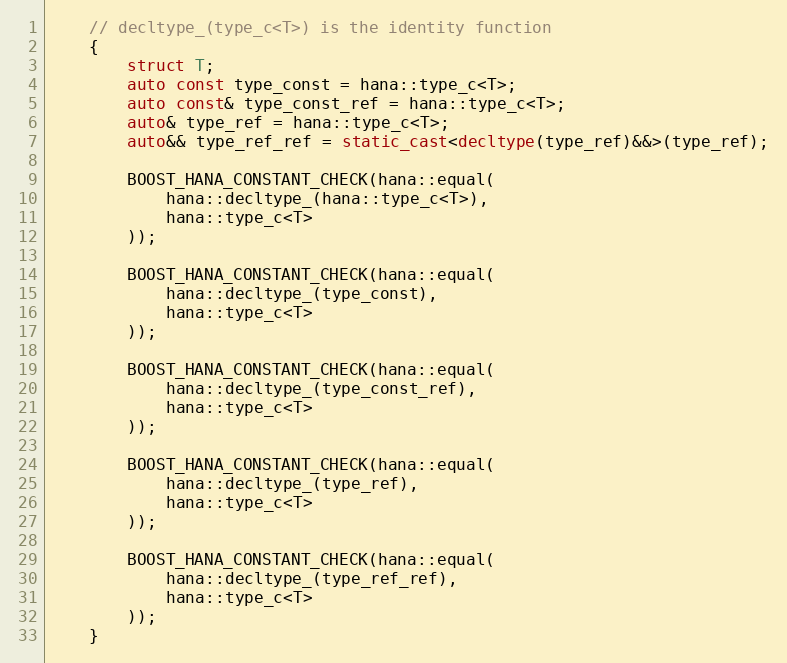
Language: C++
    // decltype_(type_c<T>) is the identity function
    {
        struct T;
        auto const type_const = hana::type_c<T>;
        auto const& type_const_ref = hana::type_c<T>;
        auto& type_ref = hana::type_c<T>;
        auto&& type_ref_ref = static_cast<decltype(type_ref)&&>(type_ref);

        BOOST_HANA_CONSTANT_CHECK(hana::equal(
            hana::decltype_(hana::type_c<T>),
            hana::type_c<T>
        ));

        BOOST_HANA_CONSTANT_CHECK(hana::equal(
            hana::decltype_(type_const),
            hana::type_c<T>
        ));

        BOOST_HANA_CONSTANT_CHECK(hana::equal(
            hana::decltype_(type_const_ref),
            hana::type_c<T>
        ));

        BOOST_HANA_CONSTANT_CHECK(hana::equal(
            hana::decltype_(type_ref),
            hana::type_c<T>
        ));

        BOOST_HANA_CONSTANT_CHECK(hana::equal(
            hana::decltype_(type_ref_ref),
            hana::type_c<T>
        ));
    }